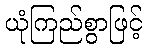
ယုံကြည်စွာဖြင့်